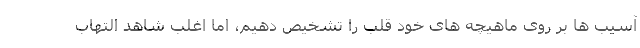
آسیب ها بر روی ماهیچه های خود قلب را تشخیص دهیم، اما اغلب شاهد التهاب